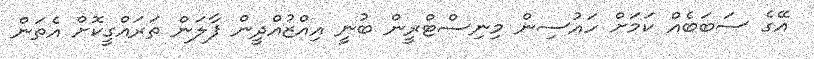
އޭގެ ސަބަބެއް ކަމަށް ހައުސިން މިނިސްޓްރީން ބުނީ އިއްޒުއްދީން ފާލަން ތަރައްގީކޮށް އެތަން